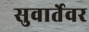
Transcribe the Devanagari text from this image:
सुवार्तेवर